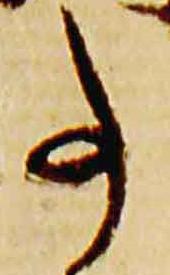
事